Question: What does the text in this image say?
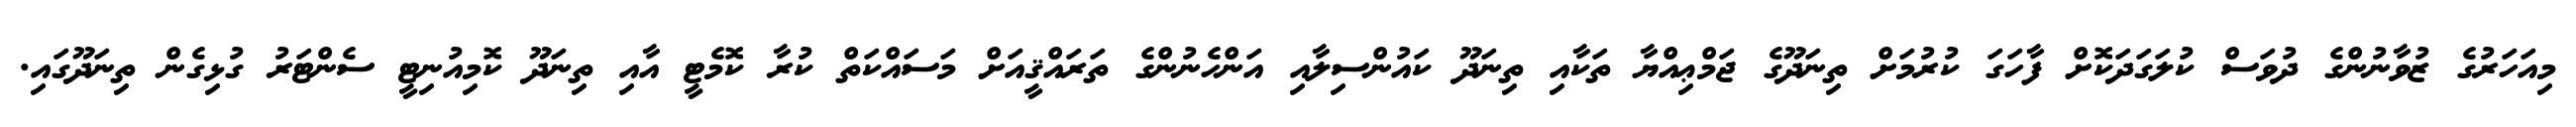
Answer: މިއަހަރުގެ ޒުވާނުންގެ ދުވަސް ކުލަގަދަކޮށް ފާހަގަ ކުރުމަށް ތިނަދޫގެ ޖަމްޢިއްޔާ ތަކާއި ތިނަދޫ ކައުންސިލާއި އަންހެނުންގެ ތަރައްޤީއަށް މަސައްކަތް ކުރާ ކޮމެޓީ އާއި ތިނަދޫ ކޮމިއުނިޓީ ސެންޓަރު ގުޅިގެން ތިނަދޫގައި.